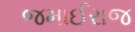
જમાઈરાજ